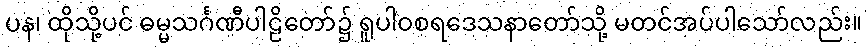
ပန၊ ထိုသို့ပင် ဓမ္မသင်္ဂဏီပါဠိတော်၌ ရူပါဝစရဒေသနာတော်သို့ မတင်အပ်ပါသော်လည်း။